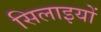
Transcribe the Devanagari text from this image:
सिलाइयों